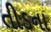
તીડના